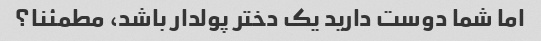
اما شما دوست دارید یک دختر پولدار باشد، مطمئنا؟